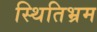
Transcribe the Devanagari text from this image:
स्थितिभ्रम